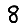
Digit: 8